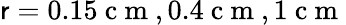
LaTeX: \mathsf{r}=0.15\mathrm{{~c~m~}},0.4\mathrm{{~c~m~}},1\mathrm{{~c~m~}}